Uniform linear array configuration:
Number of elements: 8
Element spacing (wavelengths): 1
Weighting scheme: cosine
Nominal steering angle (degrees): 45
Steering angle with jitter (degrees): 44.971
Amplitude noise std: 0.05
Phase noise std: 0.05

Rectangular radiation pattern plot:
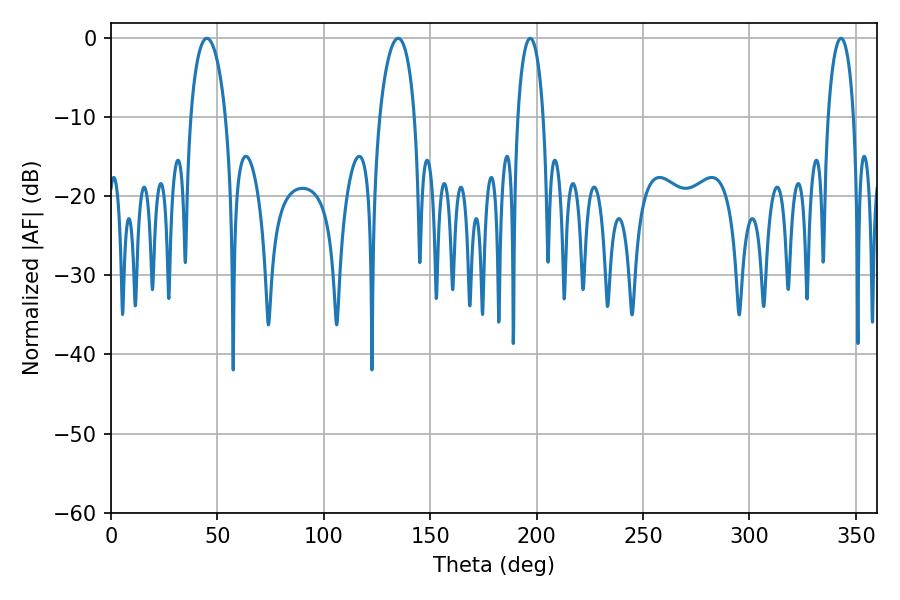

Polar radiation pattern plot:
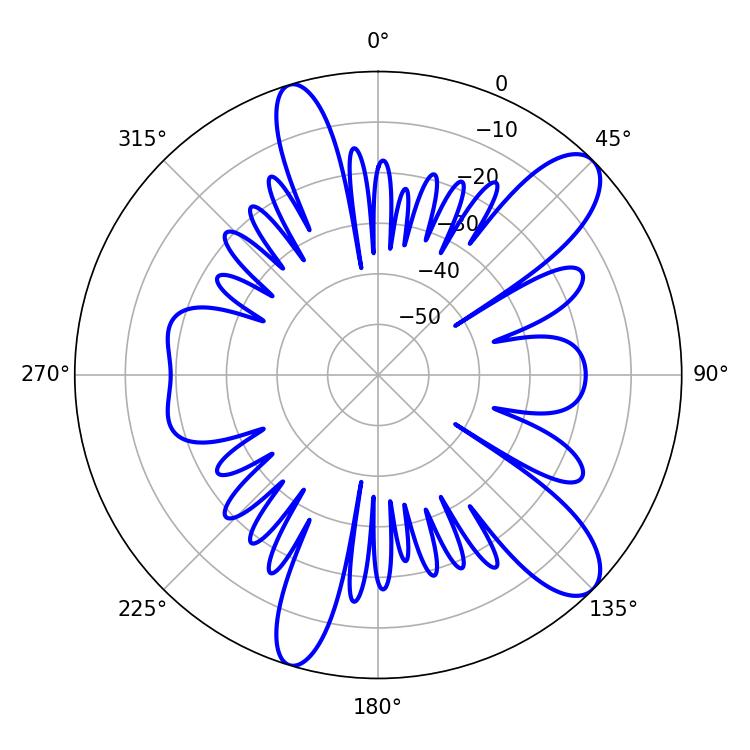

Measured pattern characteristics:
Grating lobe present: TRUE
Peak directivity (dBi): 10.742
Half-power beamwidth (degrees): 9.54
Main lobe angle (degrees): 135